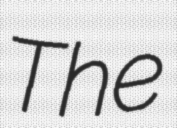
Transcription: The